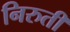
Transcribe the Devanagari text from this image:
निरुती